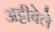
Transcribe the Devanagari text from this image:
अट्टीबेले